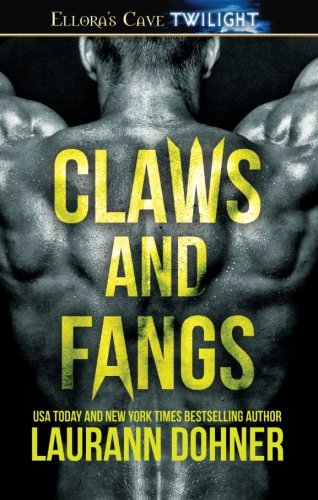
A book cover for Claws And Fangs; Laurann Dohner; Romance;